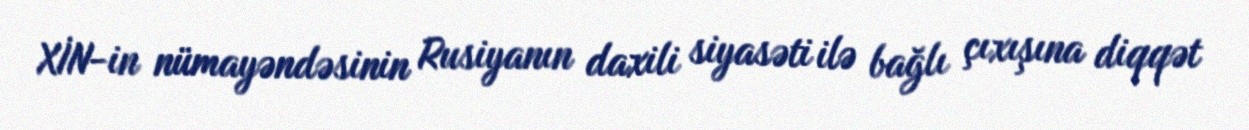
XİN-in nümayəndəsinin Rusiyanın daxili siyasəti ilə bağlı çıxışına diqqət